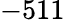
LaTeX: -511